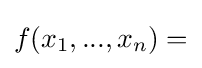
f(x_{1},...,x_{n})=